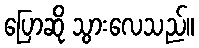
ပြောဆို သွားလေသည်။